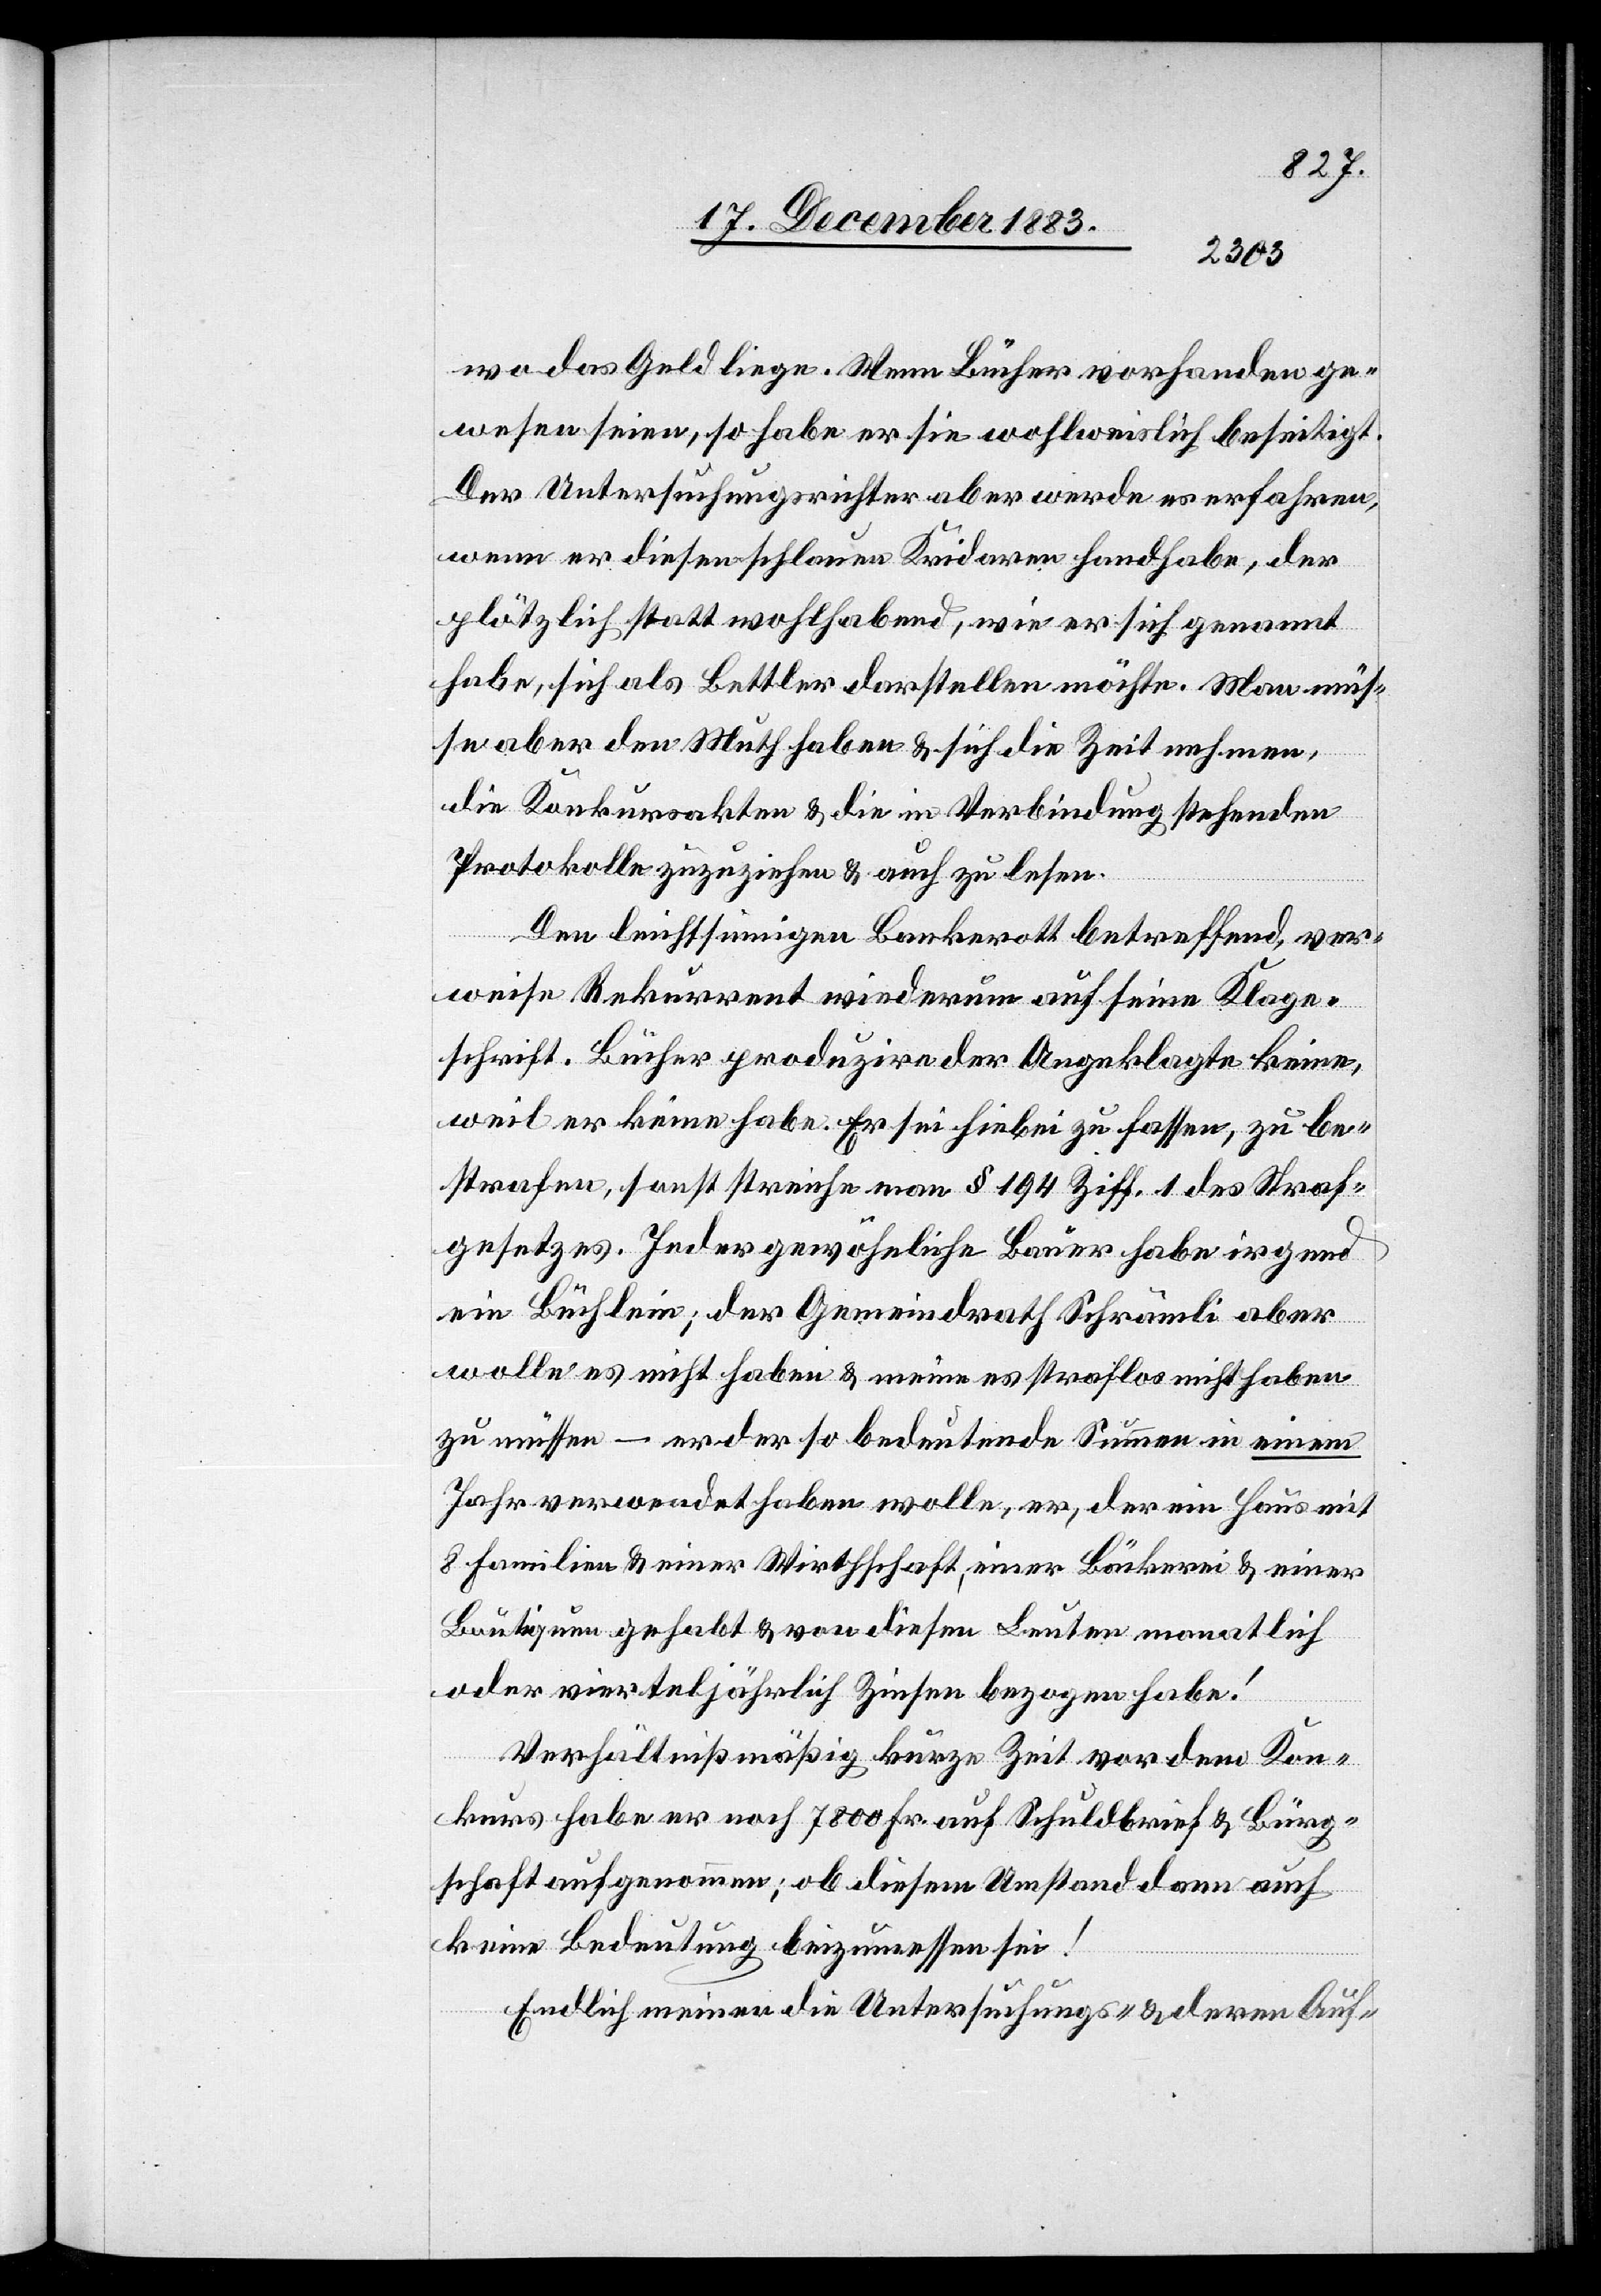
wo das Geld liege. Wenn Bücher vorhanden ge¬
wesen seien, so habe er sie wohlweislich beseitigt.
Der Untersuchungsrichter aber werde es erfahren,
wenn er diesen schlauen Kridaren handhabe, der
plötzlich statt wohlhabend, wie er sich genannt
habe, sich als Bettler darstellen möchte. Man müs¬
se aber den Muth haben & sich die Zeit nehmen,
die Konkursakten & die in Verbindung stehenden
Protokolle zuzuziehen & auch zu lesen.
Den leichtsinnigen Bankerott betreffend, ver¬
weise Rekurrent wiederum auf seine Klage¬
schrift. Bücher produzire der Angeklagte keine,
weil er keine habe. Er sei hiebei zu fassen, zu be¬
strafen, sonst streiche man § 194 Ziff. 1 des Straf¬
gesetzes. Jeder gewöhnliche Bauer habe irgend
ein Büchlein; der Gemeindrath Schrämli aber
wolle es nicht haben & meine es straflos nicht haben
zu müssen – er der so bedeutende Summen in einem
Jahr verwendet haben wolle, er, der ein Haus mit
8 Familien & einer Wirthschaft, einer Bäckerei & einer
Boutiquen gehabt & von diesen Leuten monatlich
oder vierteljährlich Zinsen bezogen habe!
Verhältnißmäßig kurze Zeit vor dem Kon¬
kurs habe er noch 7800 Fr. auf Schuldbrief & Bürg¬
schaft aufgenommen; ob diesem Umstand dann auch
keine Bedeutung beizumessen sei!
Endlich meinen die Untersuchungs- & deren Auf-